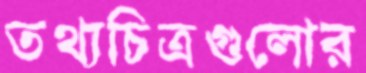
তথ্যচিত্রগুলোর